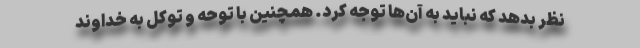
نظر بدهد که نباید به آن‌ها توجه کرد. همچنین با توحه و توکل به خداوند